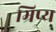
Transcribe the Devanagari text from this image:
भ्रिप्य